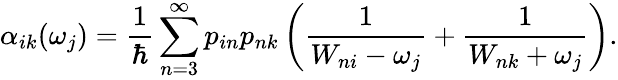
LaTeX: \alpha_{ik}(\omega_{j})=\frac{1}{\hbar}\sum_{n=3}^{\infty}p_{in}p_{nk}\left(\frac{1}{W_{ni}-\omega_{j}}+\frac{1}{W_{nk}+\omega_{j}}\right).